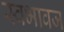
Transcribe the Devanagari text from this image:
स्वभावज